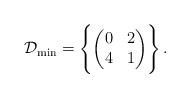
LaTeX: \begin{align*} \mathcal{D}_{\min} = \Biggl\{ \begin{pmatrix} 0 & 2 \\ 4 & 1\end{pmatrix}\Biggr\} \,.\end{align*}